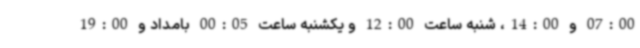
07:00 و 14:00، شنبه ساعت 12:00 و یکشنبه ساعت 00:05 بامداد و 19:00